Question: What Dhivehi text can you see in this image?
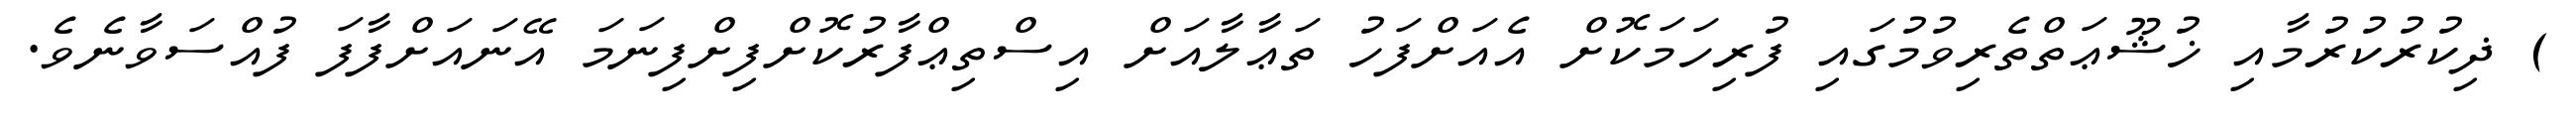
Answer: ) ޛިކުރުކުރުމާއި ޚުޝޫޢަތްތެރިވުމުގައި ފުރިހަމަކޮށް އެއަށްފަހު ތަޢާލާއަށް އިސްތިޢްފާރުކޮށްފިށްފިނަމަ އޭނައަށްފާފަ ފުއްސަވާނެވެ.